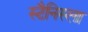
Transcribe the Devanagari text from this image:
स्टैनिस्ला